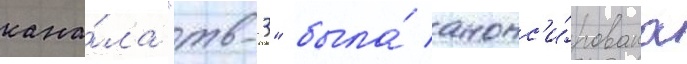
кана́ла "тв-3" была́ анонс'и́рована